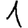
Digit: 1